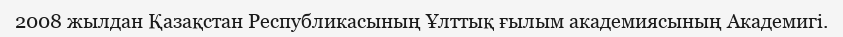
2008 жылдан Қазақстан Республикасының Ұлттық ғылым академиясының Академигі.